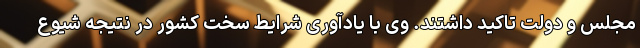
مجلس و دولت تاکید داشتند. وی با یادآوری شرایط سخت کشور در نتیجه شیوع